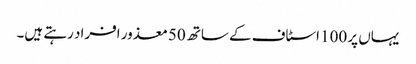
یہاں پر 100 اسٹاف کے ساتھ 50 معذور افراد رہتے ہیں۔